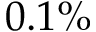
0 . 1 \%